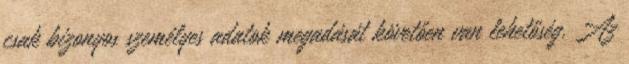
csak bizonyos személyes adatok megadását követően van lehetőség. Az